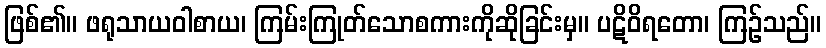
ဖြစ်၏။ ဖရုသာယဝါစာယ၊ ကြမ်းကြုတ်သောစကားကိုဆိုခြင်းမှ။ ပဋိဝိရတော၊ ကြဉ်သည်။